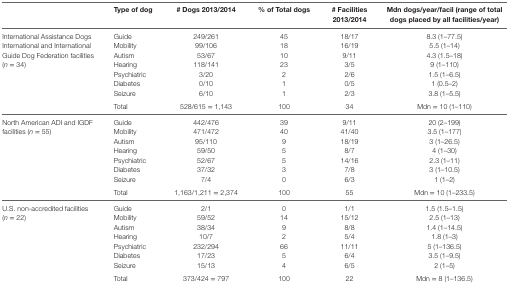
<table><thead><tr><td></td><td><b>Type of dog</b></td><td><b># Dogs 2013/2014</b></td><td><b>% of Total dogs</b></td><td><b># Facilities 2013/2014</b></td><td><b>Mdn dogs/year/facil (range of total dogs placed by all facilities/year)</b></td></tr></thead><tbody><tr><td rowspan="8">International Assistance Dogs International and International Guide Dog Federation facilities (<i>n</i> = 34)</td><td>Guide</td><td>249/261</td><td>45</td><td>18/17</td><td>8.3 (1–77.5)</td></tr><tr><td>Mobility</td><td>99/106</td><td>18</td><td>16/19</td><td>5.5 (1–14)</td></tr><tr><td>Autism</td><td>53/67</td><td>10</td><td>9/11</td><td>4.3 (1.5–18)</td></tr><tr><td>Hearing</td><td>118/141</td><td>23</td><td>3/5</td><td>9 (1–110)</td></tr><tr><td>Psychiatric</td><td>3/20</td><td>2</td><td>2/6</td><td>1.5 (1–6.5)</td></tr><tr><td>Diabetes</td><td>0/10</td><td>1</td><td>0/5</td><td>1 (0.5–2)</td></tr><tr><td>Seizure</td><td>6/10</td><td>1</td><td>2/3</td><td>3.8 (1–5.5)</td></tr><tr><td>Total</td><td>528/615 = 1,143</td><td>100</td><td>34</td><td>Mdn = 10 (1–110)</td></tr><tr><td rowspan="8">North American ADI and IGDF facilities (<i>n</i> = 55)</td><td>Guide</td><td>442/476</td><td>39</td><td>9/11</td><td>20 (2–199)</td></tr><tr><td>Mobility</td><td>471/472</td><td>40</td><td>41/40</td><td>3.5 (1–177)</td></tr><tr><td>Autism</td><td>95/110</td><td>9</td><td>18/19</td><td>3 (1–26.5)</td></tr><tr><td>Hearing</td><td>59/50</td><td>5</td><td>8/7</td><td>4 (1–30)</td></tr><tr><td>Psychiatric</td><td>52/67</td><td>5</td><td>14/16</td><td>2.3 (1–11)</td></tr><tr><td>Diabetes</td><td>37/32</td><td>3</td><td>7/8</td><td>3 (1–10.5)</td></tr><tr><td>Seizure</td><td>7/4</td><td>0</td><td>6/3</td><td>1 (1–2)</td></tr><tr><td>Total</td><td>1,163/1,211 = 2,374</td><td>100</td><td>55</td><td>Mdn = 10 (1–233.5)</td></tr><tr><td rowspan="8">U.S. non-accredited facilities (<i>n</i> = 22)</td><td>Guide</td><td>2/1</td><td>0</td><td>1/1</td><td>1.5 (1.5–1.5)</td></tr><tr><td>Mobility</td><td>59/52</td><td>14</td><td>15/12</td><td>2.5 (1–13)</td></tr><tr><td>Autism</td><td>38/34</td><td>9</td><td>8/8</td><td>1.4 (1–14.5)</td></tr><tr><td>Hearing</td><td>10/7</td><td>2</td><td>5/4</td><td>1.8 (1–3)</td></tr><tr><td>Psychiatric</td><td>232/294</td><td>66</td><td>11/11</td><td>5 (1–136.5)</td></tr><tr><td>Diabetes</td><td>17/23</td><td>5</td><td>6/4</td><td>3.5 (1–9.5)</td></tr><tr><td>Seizure</td><td>15/13</td><td>4</td><td>6/5</td><td>2 (1–5)</td></tr><tr><td>Total</td><td>373/424 = 797</td><td>100</td><td>22</td><td>Mdn = 8 (1–136.5)</td></tr></tbody></table>